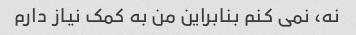
نه، نمی کنم بنابراین من به کمک نیاز دارم